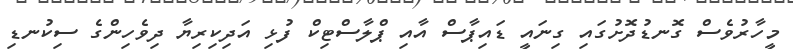
މީހާރުވެސް ގޮނޑުދޮށުގައި ގިނައީ ޑައިޕާސް އާއި ޕްލާސްޓިކް ފުޅި އަދިކިރިޔާ ދިވެހިންގެ ސިކުނޑި